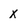
Character: X